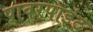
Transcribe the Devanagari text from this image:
पावरपाइंट